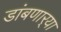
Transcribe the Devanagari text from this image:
डांबणार्‍या